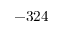
- 3 2 4